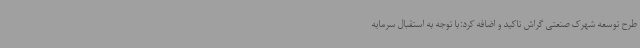
طرح توسعه شهرک صنعتی گراش تاکید و اضافه کرد:با توجه به استقبال سرمایه